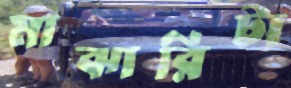
মাঝারিটা